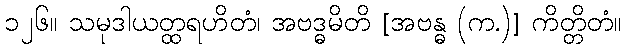
၁၂၆။ သမုဒါယတ္ထရဟိတံ၊ အဗဒ္ဓမိတိ [အဗန္ဓ (က.)] ကိတ္တိတံ။